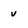
Character: v